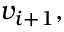
v _ { i + 1 } ,